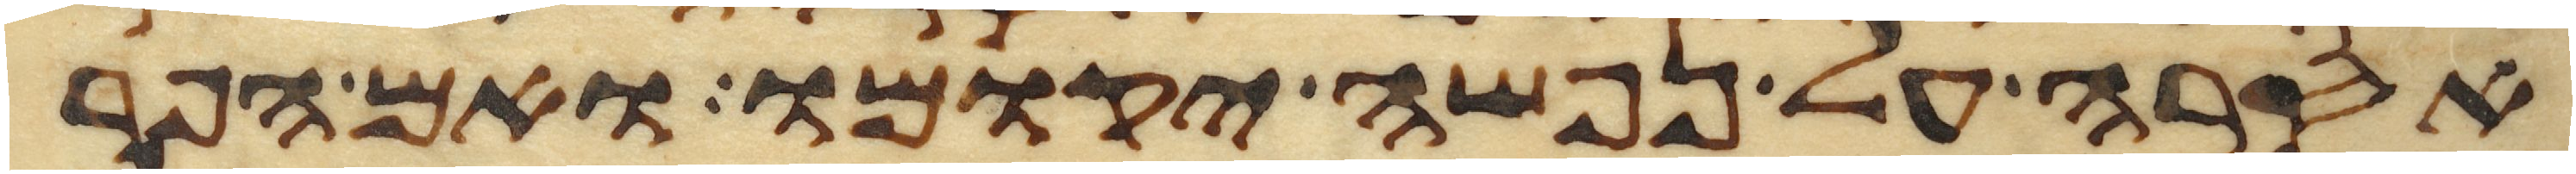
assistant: אסרה על נפשה יקומו ואם הפר